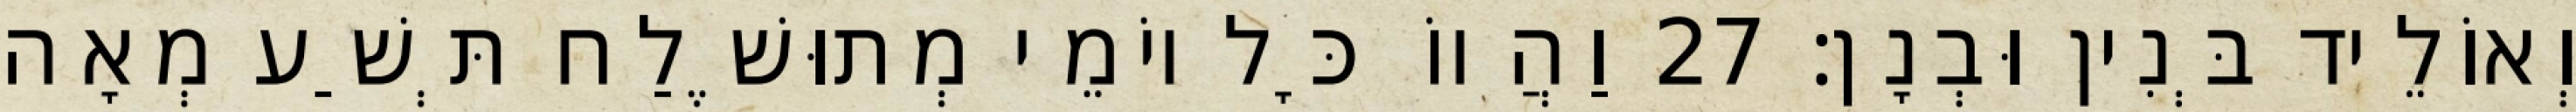
וְאוֹלֵיד בְּנִין וּבְנָן׃ 27 וַהֲווֹ כָּל יוֹמֵי מְתוּשֶׁלַח תְּשַׁע מְאָה